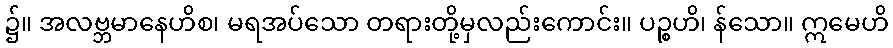
၌။ အလဗ္ဘမာနေဟိစ၊ မရအပ်သော တရားတို့မှလည်းကောင်း။ ပဉ္စဟိ၊ န်သော။ ဣမေဟိ